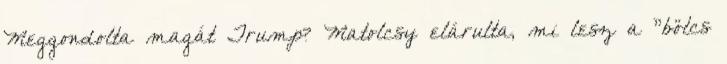
Meggondolta magát Trump? Matolcsy elárulta, mi lesz a "bölcs